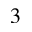
^ 3